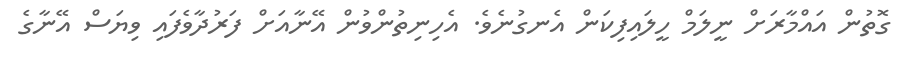
ގޮތުން އައްމާރަށް ނީލަމް ހީލައިފިކަން އެނގުނެވެ. އެހިނިތުންވުން އޭނާއަށް ފަރުދާވެފައި ވިޔަސް އޭނާގެ